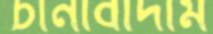
চীনাবাদাম